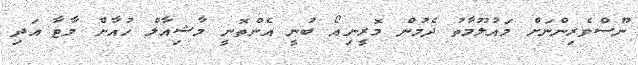
ނޫސްވެރިންނަށް މައުލޫމާތު ދެމުން މޮރީނިއޯ ބުނީ އެންތޮނީ މާޝިއާލް ހުއާން މާޓާ އަދި